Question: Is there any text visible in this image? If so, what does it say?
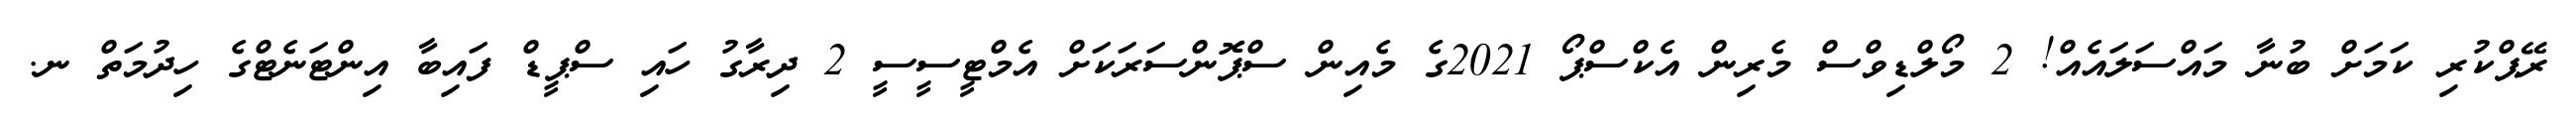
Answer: ރޭޕްކުރި ކަމަށް ބުނާ މައްސަލައެއް! 2 މޯލްޑިވްސް މެރިން އެކްސްޕޯ 2021ގެ މެއިން ސްޕޮންސަރަކަށް އެމްޓީސީސީ 2 ދިރާގު ހައި ސްޕީޑް ފައިބާ އިންޓަނެޓްގެ ހިދުމަތް ނ.